Report of the Indian Hemp Drugs Commission, 1894-1895 - Volume I
Year: 1894
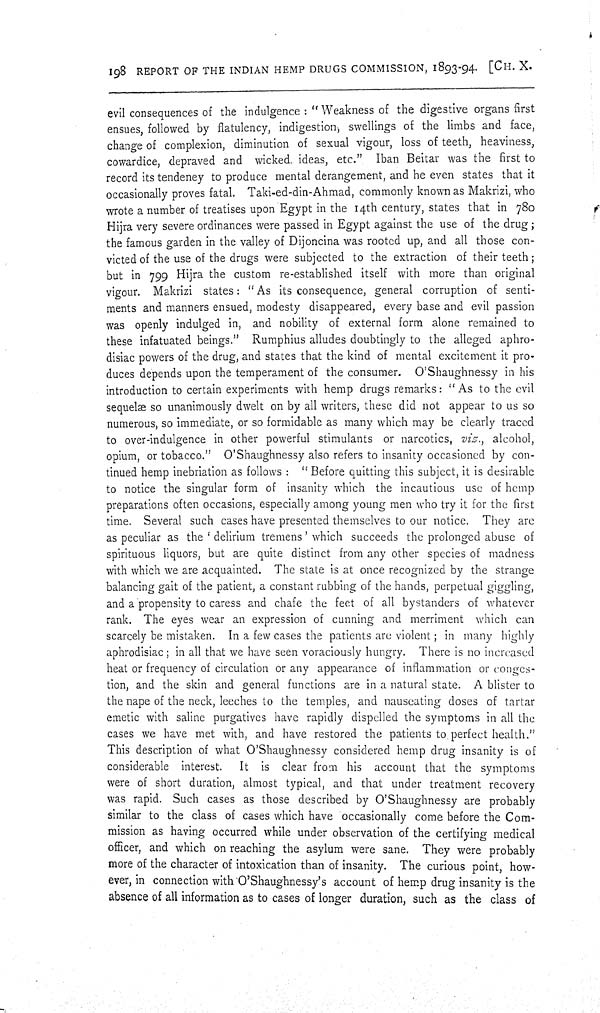
198 REPORT OF THE INDIAN HEMP DRUGS COMMISSION, 1893-94. [CH. X.
evil consequences of the indulgence: "Weakness of the digestive organs first
ensues, followed by flatulency, indigestion, swellings of the limbs and face,
change of complexion, diminution of sexual vigour, loss of teeth, heaviness,
cowardice, depraved and wicked ideas, etc." Iban Beitar was the first to
record its tendeney to produce mental derangement, and he even states that it
occasionally proves fatal. Taki-ed-din-Ahmad, commonly known as Makrizi, who
wrote a number of treatises upon Egypt in the 14th century, states that in 780
Hijra very severe ordinances were passed in Egypt against the use of the drug;
the famous garden in the valley of Dijoncina was rooted up, and all those con-
victed of the use of the drugs were subjected to the extraction of their teeth;
but in 799 Hijra the custom re-established itself with more than original
vigour. Makrizi states: "As its consequence, general corruption of senti-
ments and manners ensued, modesty disappeared, every base and evil passion
was openly indulged in, and nobility of external form alone remained to
these infatuated beings." Rumphius alludes doubtingly to the alleged aphro-
disiac powers of the drug, and states that the kind of mental excitement it pro-
duces depends upon the temperament of the consumer. O'Shaughnessy in his
introduction to certain experiments with hemp drugs remarks: "As to the evil
sequelæ so unanimously dwelt on by all writers, these did not appear to us so
numerous, so immediate, or so formidable as many which may be clearly traced
to over-indulgence in other powerful stimulants or narcotics, viz., alcohol,
opium, or tobacco." O'Shaughnessy also refers to insanity occasioned by con-
tinued hemp inebriation as follows: "Before quitting this subject, it is desirable
to notice the singular form of insanity which the incautious use of hemp
preparations often occasions, especially among young men who try it for the first
time. Several such cases have presented themselves to our notice. They are
as peculiar as the 'delirium tremens' which succeeds the prolonged abuse of
spirituous liquors, but are quite distinct from any other species of madness
with which we are acquainted. The state is at once recognized by the strange
balancing gait of the patient, a constant rubbing of the hands, perpetual giggling,
and a propensity to caress and chafe the feet of all bystanders of whatever
rank. The eyes wear an expression of cunning and merriment which can
scarcely be mistaken. In a few cases the patients are violent; in many highly
aphrodisiac; in all that we have seen voraciously hungry. There is no increased
heat or frequency of circulation or any appearance of inflammation or conges-
tion, and the skin and general functions are in a natural state. A blister to
the nape of the neck, leeches to the temples, and nauseating doses of tartar
emetic with saline purgatives have rapidly dispelled the symptoms in all the
cases we have met with, and have restored the patients to perfect health."
This description of what O'Shaughnessy considered hemp drug insanity is of
considerable interest.
It is clear from his account that the symptoms
were of short duration, almost typical, and that under treatment recovery
was rapid. Such cases as those described by O'Shaughnessy are probably
similar to the class of cases which have occasionally come before the Com-
mission as having occurred while under observation of the certifying medical
officer, and which on reaching the asylum were sane. They were probably
more of the character of intoxication than of insanity. The curious point, how-
ever, in connection with O'Shaughnessy's account of hemp drug insanity is the
absence of all information as to cases of longer duration, such as the class of